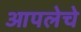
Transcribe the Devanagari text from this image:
आपलेचे